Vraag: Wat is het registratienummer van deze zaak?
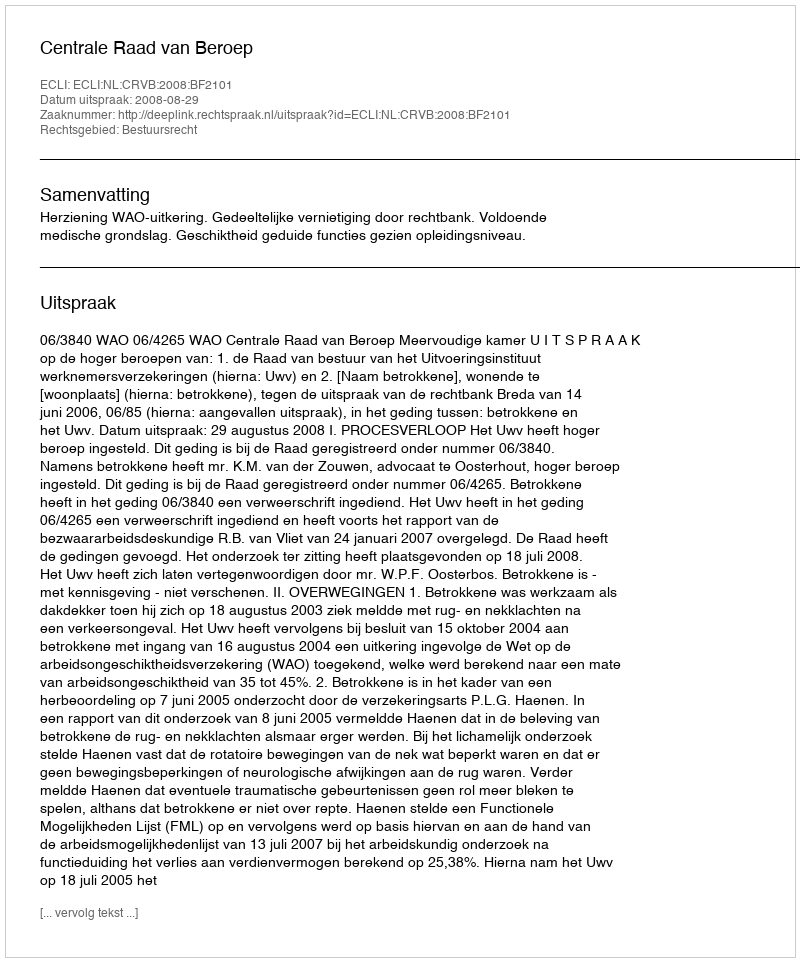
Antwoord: http://deeplink.rechtspraak.nl/uitspraak?id=ECLI:NL:CRVB:2008:BF2101